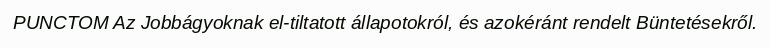
PUNCTOM Az Jobbágyoknak el-tiltatott állapotokról, és azokéránt rendelt Büntetésekről.